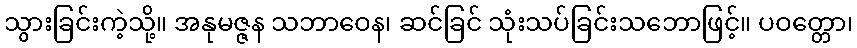
သွားခြင်းကဲ့သို့။ အနုမဇ္ဇန သဘာဝေန၊ ဆင်ခြင် သုံးသပ်ခြင်းသဘောဖြင့်။ ပဝတ္တော၊